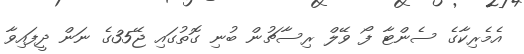
އެމެރިކާގެ ސެންޓާ ފޯ ވޭލް ރިސާޗުން ބުނި ގޮތުގައި ޖޭ35ގެ ނަން ދީފައިވާ